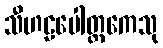
သီဟဠပေါတ္ထကေသု